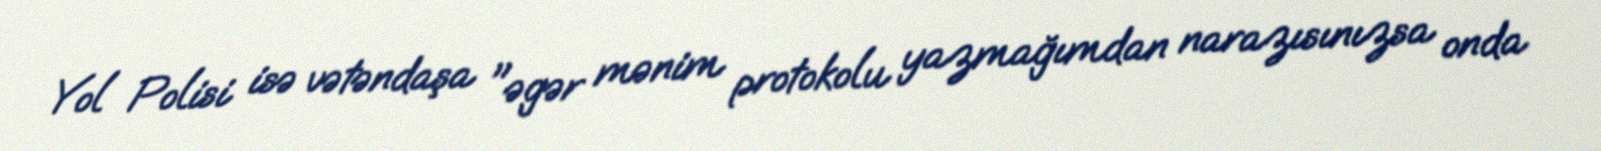
Yol Polisi isə vətəndaşa "əgər mənim protokolu yazmağımdan narazısınızsa onda